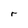
Character: r